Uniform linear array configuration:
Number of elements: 64
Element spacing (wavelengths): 0.75
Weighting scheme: hann
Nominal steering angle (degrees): -60
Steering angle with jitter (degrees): -59.261
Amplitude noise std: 0.05
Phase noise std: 0.05

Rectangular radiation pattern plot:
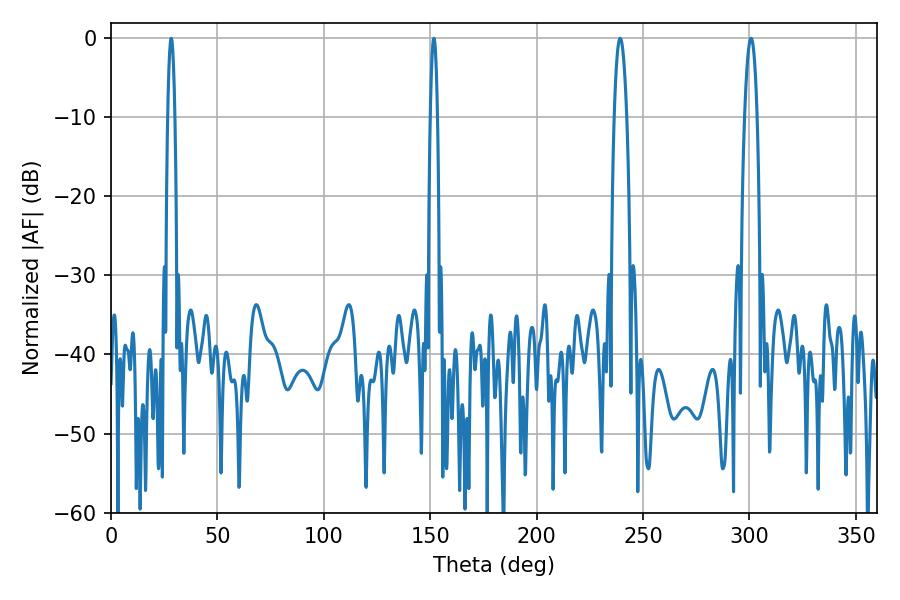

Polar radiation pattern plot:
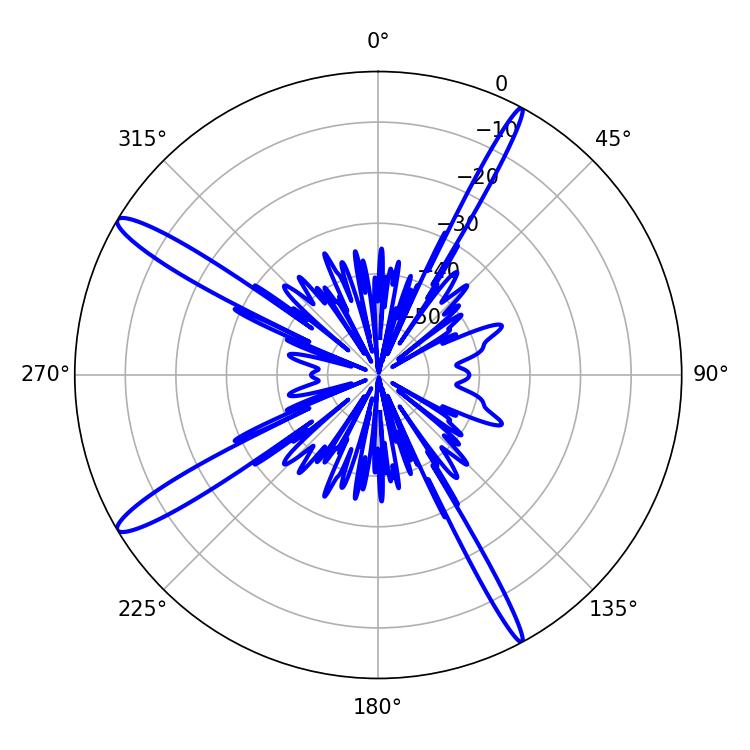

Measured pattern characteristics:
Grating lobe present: TRUE
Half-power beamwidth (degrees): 3.24
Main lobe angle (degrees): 239.22